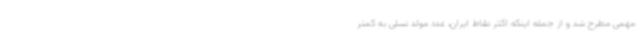
مهمی مطرح شد و از جمله اینکه اکثر نقاط ایران، عدد مولد نسلی به کمتر